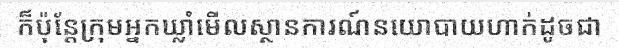
ក៏ប៉ុន្តែក្រុមអ្នកឃ្លាំមើលស្ថានការណ៍នយោបាយហាក់ដូចជា